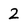
Character: 2